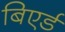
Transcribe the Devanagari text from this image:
बिएर्ड